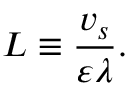
L \equiv \frac { v _ { s } } { \varepsilon \lambda } .